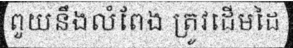
ពួយនឹងលំពែង ត្រូវដើមដៃ